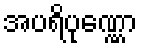
အပရိပုဏ္ဏော